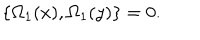
\lbrace \Omega _ { 1 } ( x ) , \Omega _ { 1 } ( y ) \rbrace = 0 .